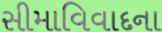
સીમાવિવાદના